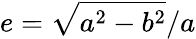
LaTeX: e=\sqrt{a^{2}-b^{2}}/a